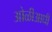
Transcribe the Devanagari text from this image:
ओळीआधी